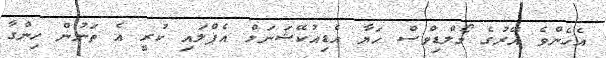
އެހެންވެ އޭރުގެ މޯލްޑިވްސް ހަޔާ އެޑިއުކޭޝަނަލް އެޕްލައި ކުރީ އެ ތަނުން ހިންގާ